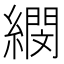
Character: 𦅤